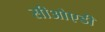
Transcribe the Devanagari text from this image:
सीओएडी